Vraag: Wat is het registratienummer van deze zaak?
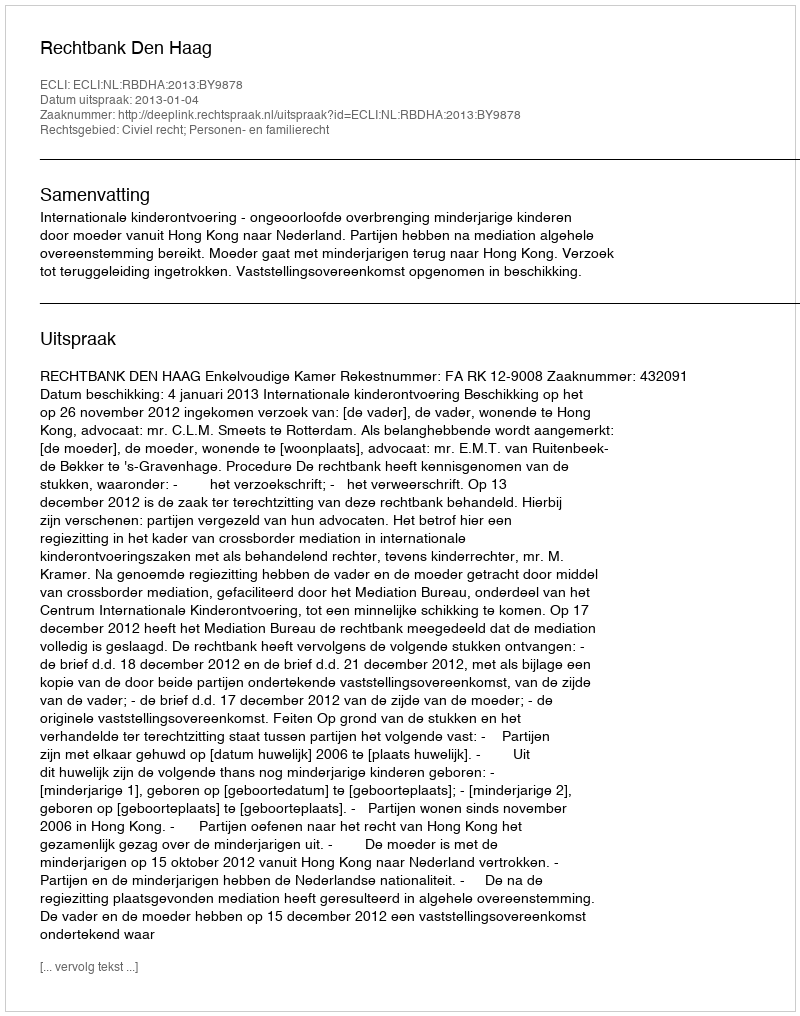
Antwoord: http://deeplink.rechtspraak.nl/uitspraak?id=ECLI:NL:RBDHA:2013:BY9878